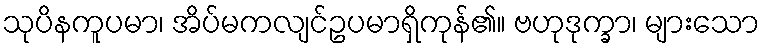
သုပိနကူပမာ၊ အိပ်မကလျင်ဥပမာရှိကုန်၏။ ဗဟုဒုက္ခာ၊ များသော